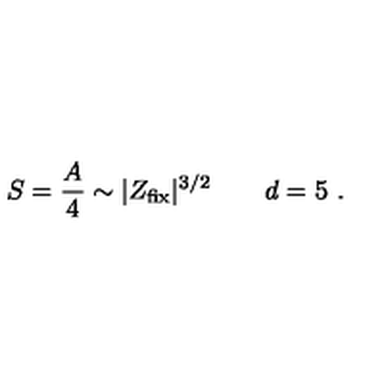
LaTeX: S = { \frac { A } { 4 } } \sim | Z _ { \mathrm { f i x } } | ^ { 3 / 2 } \qquad d = 5 \ .